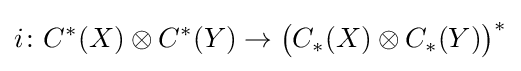
i\colon C^{*}(X)\otimes C^{*}(Y)\to {\big (}C_{*}(X)\otimes C_{*}(Y){\big )}^{*}